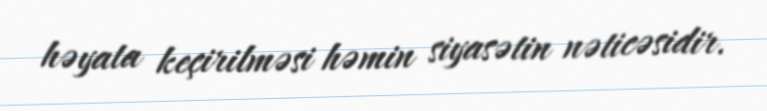
həyata keçirilməsi həmin siyasətin nəticəsidir.